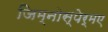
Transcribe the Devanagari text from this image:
जिम्नोस्पेर्मए